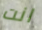
انت